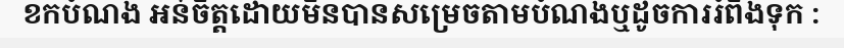
ខកបំណង អន់ចិត្តដោយមិនបានសម្រេចតាមបំណងឬដូចការរំពឹងទុក :